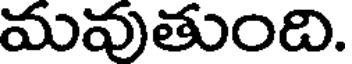
మవుతుంది.